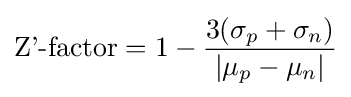
{\text{Z'-factor}}=1-{3(\sigma _{p}+\sigma _{n}) \over |\mu _{p}-\mu _{n}|}